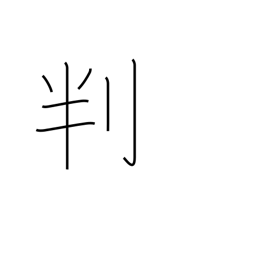
Meaning: signature